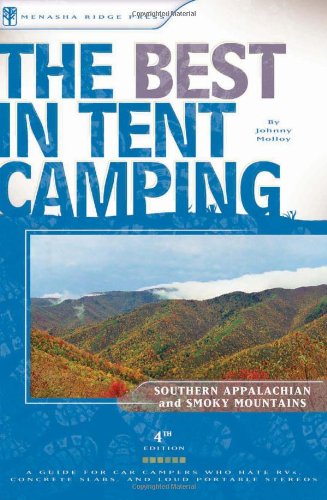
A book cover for The Best in Tent Camping: The Smokies and The Southern Appalachian Mountains, 4th Edition; Johnny Molloy; Sports & Outdoors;